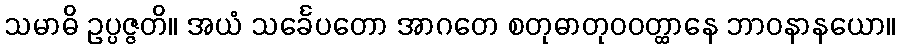
သမာဓိ ဥပ္ပဇ္ဇတိ။ အယံ သင်္ခေပတော အာဂတေ စတုဓာတုဝဝတ္ထာနေ ဘာဝနာနယော။